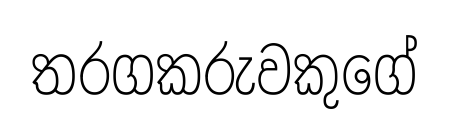
තරගකරුවකුගේ